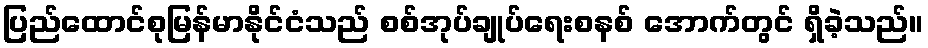
ပြည်ထောင်စုမြန်မာနိုင်ငံသည် စစ်အုပ်ချုပ်ရေးစနစ် အောက်တွင် ရှိခဲ့သည်။